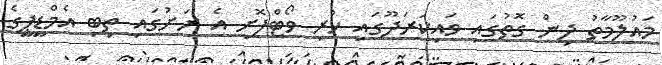
މައުލޫމާތު ދިން ގޮތުގައި ވައިކަރަދޫގައި ހުރި ވޯޓްފޮށި އެ ރަށުގައި ތިބި އެމްޑީޕީގެ